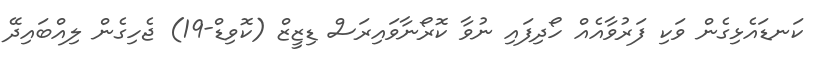
ކަނޑައެޅިގެން ވަކި ފަރުވާއެއް ހޯދިފައި ނުވާ ކޮރޯނާވައިރަސް ޑިޒީޒް (ކޮވިޑް-19) ޖެހިގެން ލިއްބައިދޭ